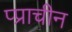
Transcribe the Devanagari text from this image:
प्प्राचीन